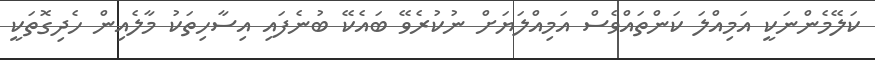
ކަލޭމެންނަކީ އަމިއްލަ ކަންތައްވެސް އަމިއްލަޔަށް ނުކުރެވޭ ބައެކޭ ބުނެފައި އިސާހިތަކު މާލެއިން ހެދިގޮތަކީ